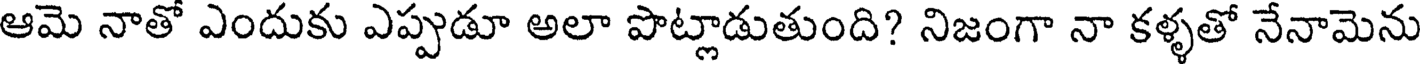
ఆమె నాతో ఎందుకు ఎప్పుడూ అలా పొట్లాడుతుంది? నిజంగా నా కళ్ళతో నేనామెను